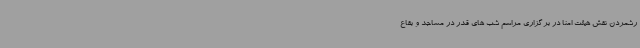
رشمردن نقش هیئت امنا در برگزاری مراسم شب های قدر در مساجد و بقاع